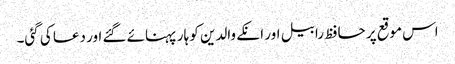
اس موقع پر حافظ رابیل اور انکے والدین کو ہار پہنائے گئے اور دعا کی گئی۔